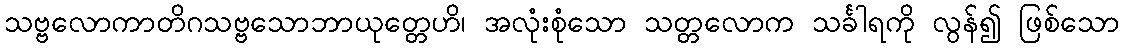
သဗ္ဗလောကာတိဂသဗ္ဗသောဘာယုတ္တေဟိ၊ အလုံးစုံသော သတ္တလောက သင်္ခါရကို လွန်၍ ဖြစ်သော